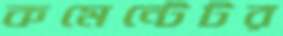
কমেন্টেটর